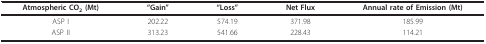
<table><thead><tr><td><b>Atmospheric CO<sub>2 </sub>(Mt)</b></td><td><b>&quot;Gain&quot;</b></td><td><b>&quot;Loss&quot;</b></td><td><b>Net Flux</b></td><td><b>Annual rate of Emission (Mt)</b></td></tr></thead><tbody><tr><td>ASP I</td><td>202.22</td><td>574.19</td><td>371.98</td><td>185.99</td></tr><tr><td>ASP II</td><td>313.23</td><td>541.66</td><td>228.43</td><td>114.21</td></tr></tbody></table>